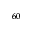
^ { 6 0 }